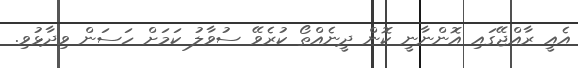
އެއީ ރާއްޖޭގައި އޮންނާނީ ކޮން ދީނެއްތޯ ކުރެވޭ ސުވާލު ކަމަށް ހަސަން ވިދާޅުވި.